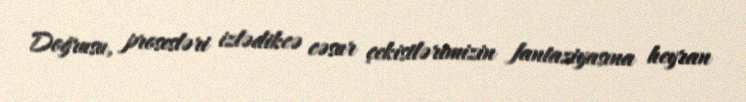
Doğrusu, prosesləri izlədikcə cəsur çekistlərimizin fantaziyasına heyran